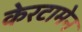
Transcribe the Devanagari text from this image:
केरटामेन